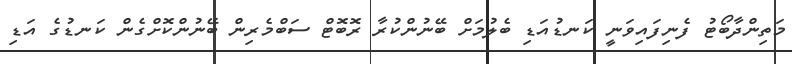
މަތިންދާބޯޓު ފެނިފައިވަނީ ކަނޑުއަޑި ބެލުމަށް ބޭނުންކުރާ ރޮބޮޓް ސަބްމެރިން ބޭނުންކޮށްގެން ކަނޑުގެ އަޑި